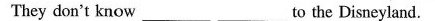
They don't know___ ___to the Disneyland.